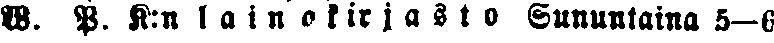
W. P. K:n l a i n a k ir j a s t o Sunnuntaina 5—6